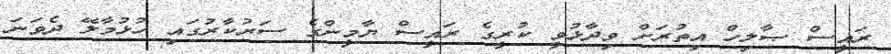
ރައީސް ޞާލިހް އިތުރަށް ވިދާޅުވީ ކުރީގެ ރައީސް ޔާމީންގެ ސަރުކާރުގައި ހުޅުމާލޭ ދެވަނަ